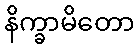
နိက္ခာမိတော